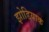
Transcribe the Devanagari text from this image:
झोडियाक